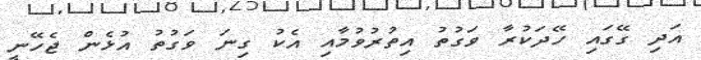
އަދި ގޭގައި ހޭދަކުރާ ވަގުތު އިތުރުވުމާއި އެކު ގިނަ ވަގުތު އުޅެން ޖެހޭނީ